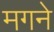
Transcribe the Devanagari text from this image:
मगने